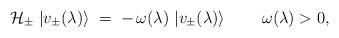
LaTeX: \begin{align*}{\cal H}_\pm \; |v_\pm (\lambda)\rangle \;=\; - \, \omega(\lambda) \; |v_\pm (\lambda)\rangle \;\qquad \omega (\lambda)>0,\end{align*}